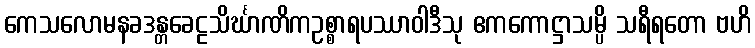
ကေသလောမနခဒန္တခေဠသိင်္ဃာဏိကဥစ္စာရပဿာဝါဒီသု ဧကကောဋ္ဌာသမ္ပိ သရီရတော ဗဟိ